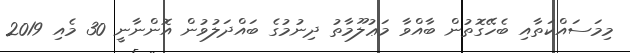
މިމަސައްކަތާއި ބެހޭގޮތުން ބާއްވާ މަޢުލޫމާތު ދިނުމުގެ ބައްދަލުވުން އޮންނާނީ 30 މެއި 2019